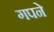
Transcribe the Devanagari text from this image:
गपने